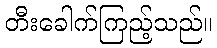
တီးခေါက်ကြည့်သည်။